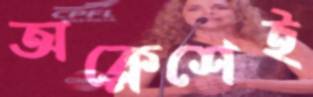
অক্লেশেই